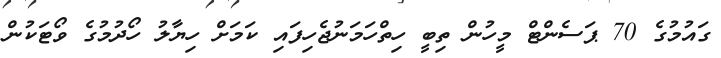
ގައުމުގެ 70 ޕަސެންޓް މީހުން ތިބީ ހިތްހަމަނުޖެހިފައި ކަމަށް ހިޔާލު ހޯދުމުގެ ވޯޓަކުން